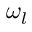
\omega _ { l }